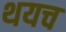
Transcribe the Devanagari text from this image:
थयच